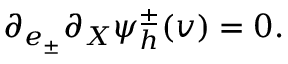
\partial _ { e _ { \pm } } \partial _ { X } \psi _ { h } ^ { \pm } ( v ) = 0 .